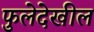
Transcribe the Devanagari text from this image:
फुलेदेखील